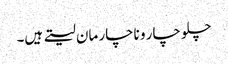
چلو چار و ناچار مان لیتے ہیں۔